Annual report on the mental hospital in the Central Provinces and Berar (Nagpur) - 1927-1951
Year: 1927
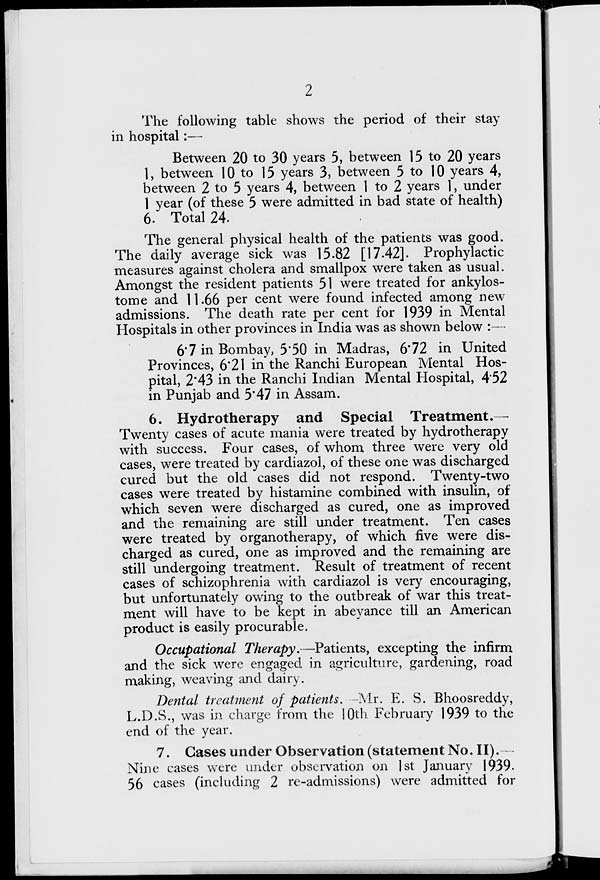
2
The following table shows the period of their stay
in hospital:—
Between 20 to 30 years 5, between 15 to 20 years
1, between 10 to 15 years 3, between 5 to 10 years 4,
between 2 to 5 years 4, between 1 to 2 years 1, under
1 year (of these 5 were admitted in bad state of health)
6. Total 24.
The general physical health of the patients was good.
The daily average sick was 15.82 [17.42]. Prophylactic
measures against cholera and smallpox were taken as usual.
Amongst the resident patients 51 were treated for ankylos-
tome and 11.66 per cent were found infected among new
admissions. The death rate per cent for 1939 in Mental
Hospitals in other provinces in India was as shown below :—
6.7 in Bombay, 5.50 in Madras, 6.72 in United
Provinces, 6.21 in the Ranchi European Mental Hos-
pital, 2.43 in the Ranchi Indian Mental Hospital, 4.52
in Punjab and 5.47 in Assam.
6. Hydrotherapy and Special
Treatment.—
Twenty cases of acute mania were treated by hydrotherapy
with success. Four cases, of whom three were very old
cases, were treated by cardiazol, of these one was discharged
cured but the old cases did not respond. Twenty-two
cases were treated by histamine combined with insulin, of
which seven were discharged as cured, one as improved
and the remaining are still under treatment. Ten cases
were treated by organotherapy, of which five were dis-
charged as cured, one as improved and the remaining are
still undergoing treatment. Result of treatment of recent
cases of schizophrenia with cardiazol is very encouraging,
but unfortunately owing to the outbreak of war this treat-
ment will have to be kept in abeyance till an American
product is easily procurable.
Occupational Therapy.—Patients, excepting the infirm
and the sick were engaged in agriculture, gardening, road
making, weaving and dairy.
Dental treatment of patients. – Mr. E. S. Bhoosreddy,
L.D.S., was in charge from the 10th February 1939 to the
end of the year.
7. Cases under Observation (statement No. II) .––
Nine cases were under observation on 1st January 1939.
56 cases (including 2 re-admissions) were admitted for